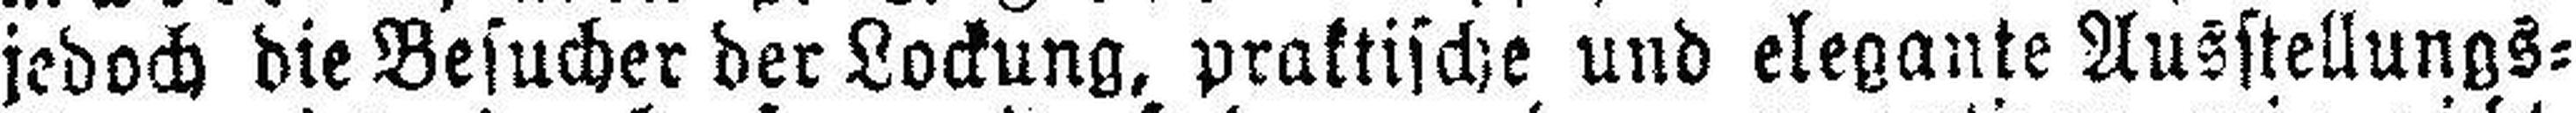
jedoch die Besucher der Lockung, praktische und elegante Ausstellungs¬